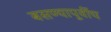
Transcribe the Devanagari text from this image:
बसण्यापूर्वीच